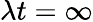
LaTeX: \lambda t=\infty